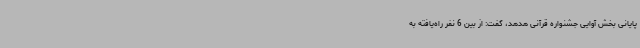
پایانی بخش آوایی جشنواره قرآنی هدهد، گفت: از بین 6 نفر راه‌یافته به